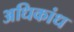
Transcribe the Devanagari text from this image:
अधिकांध